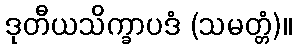
ဒုတီယသိက္ခာပဒံ (သမတ္တံ)။